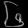
Digit: ၆